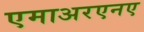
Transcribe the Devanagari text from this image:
एमाअरएनए